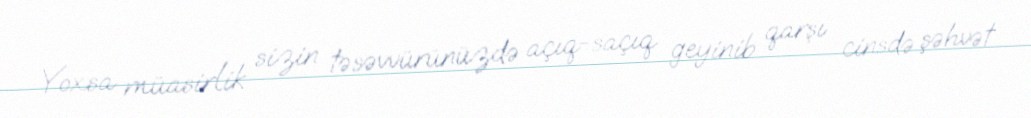
Yoxsa müasirlik sizin təsəvvürünüzdə açıq-saçıq geyinib qarşı cinsdə şəhvət